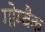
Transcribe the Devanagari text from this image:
गोम्बैक